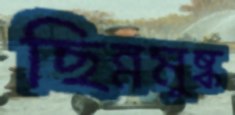
ছিন্নমুষ্ক